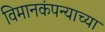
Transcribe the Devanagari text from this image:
विमानकंपन्याच्या